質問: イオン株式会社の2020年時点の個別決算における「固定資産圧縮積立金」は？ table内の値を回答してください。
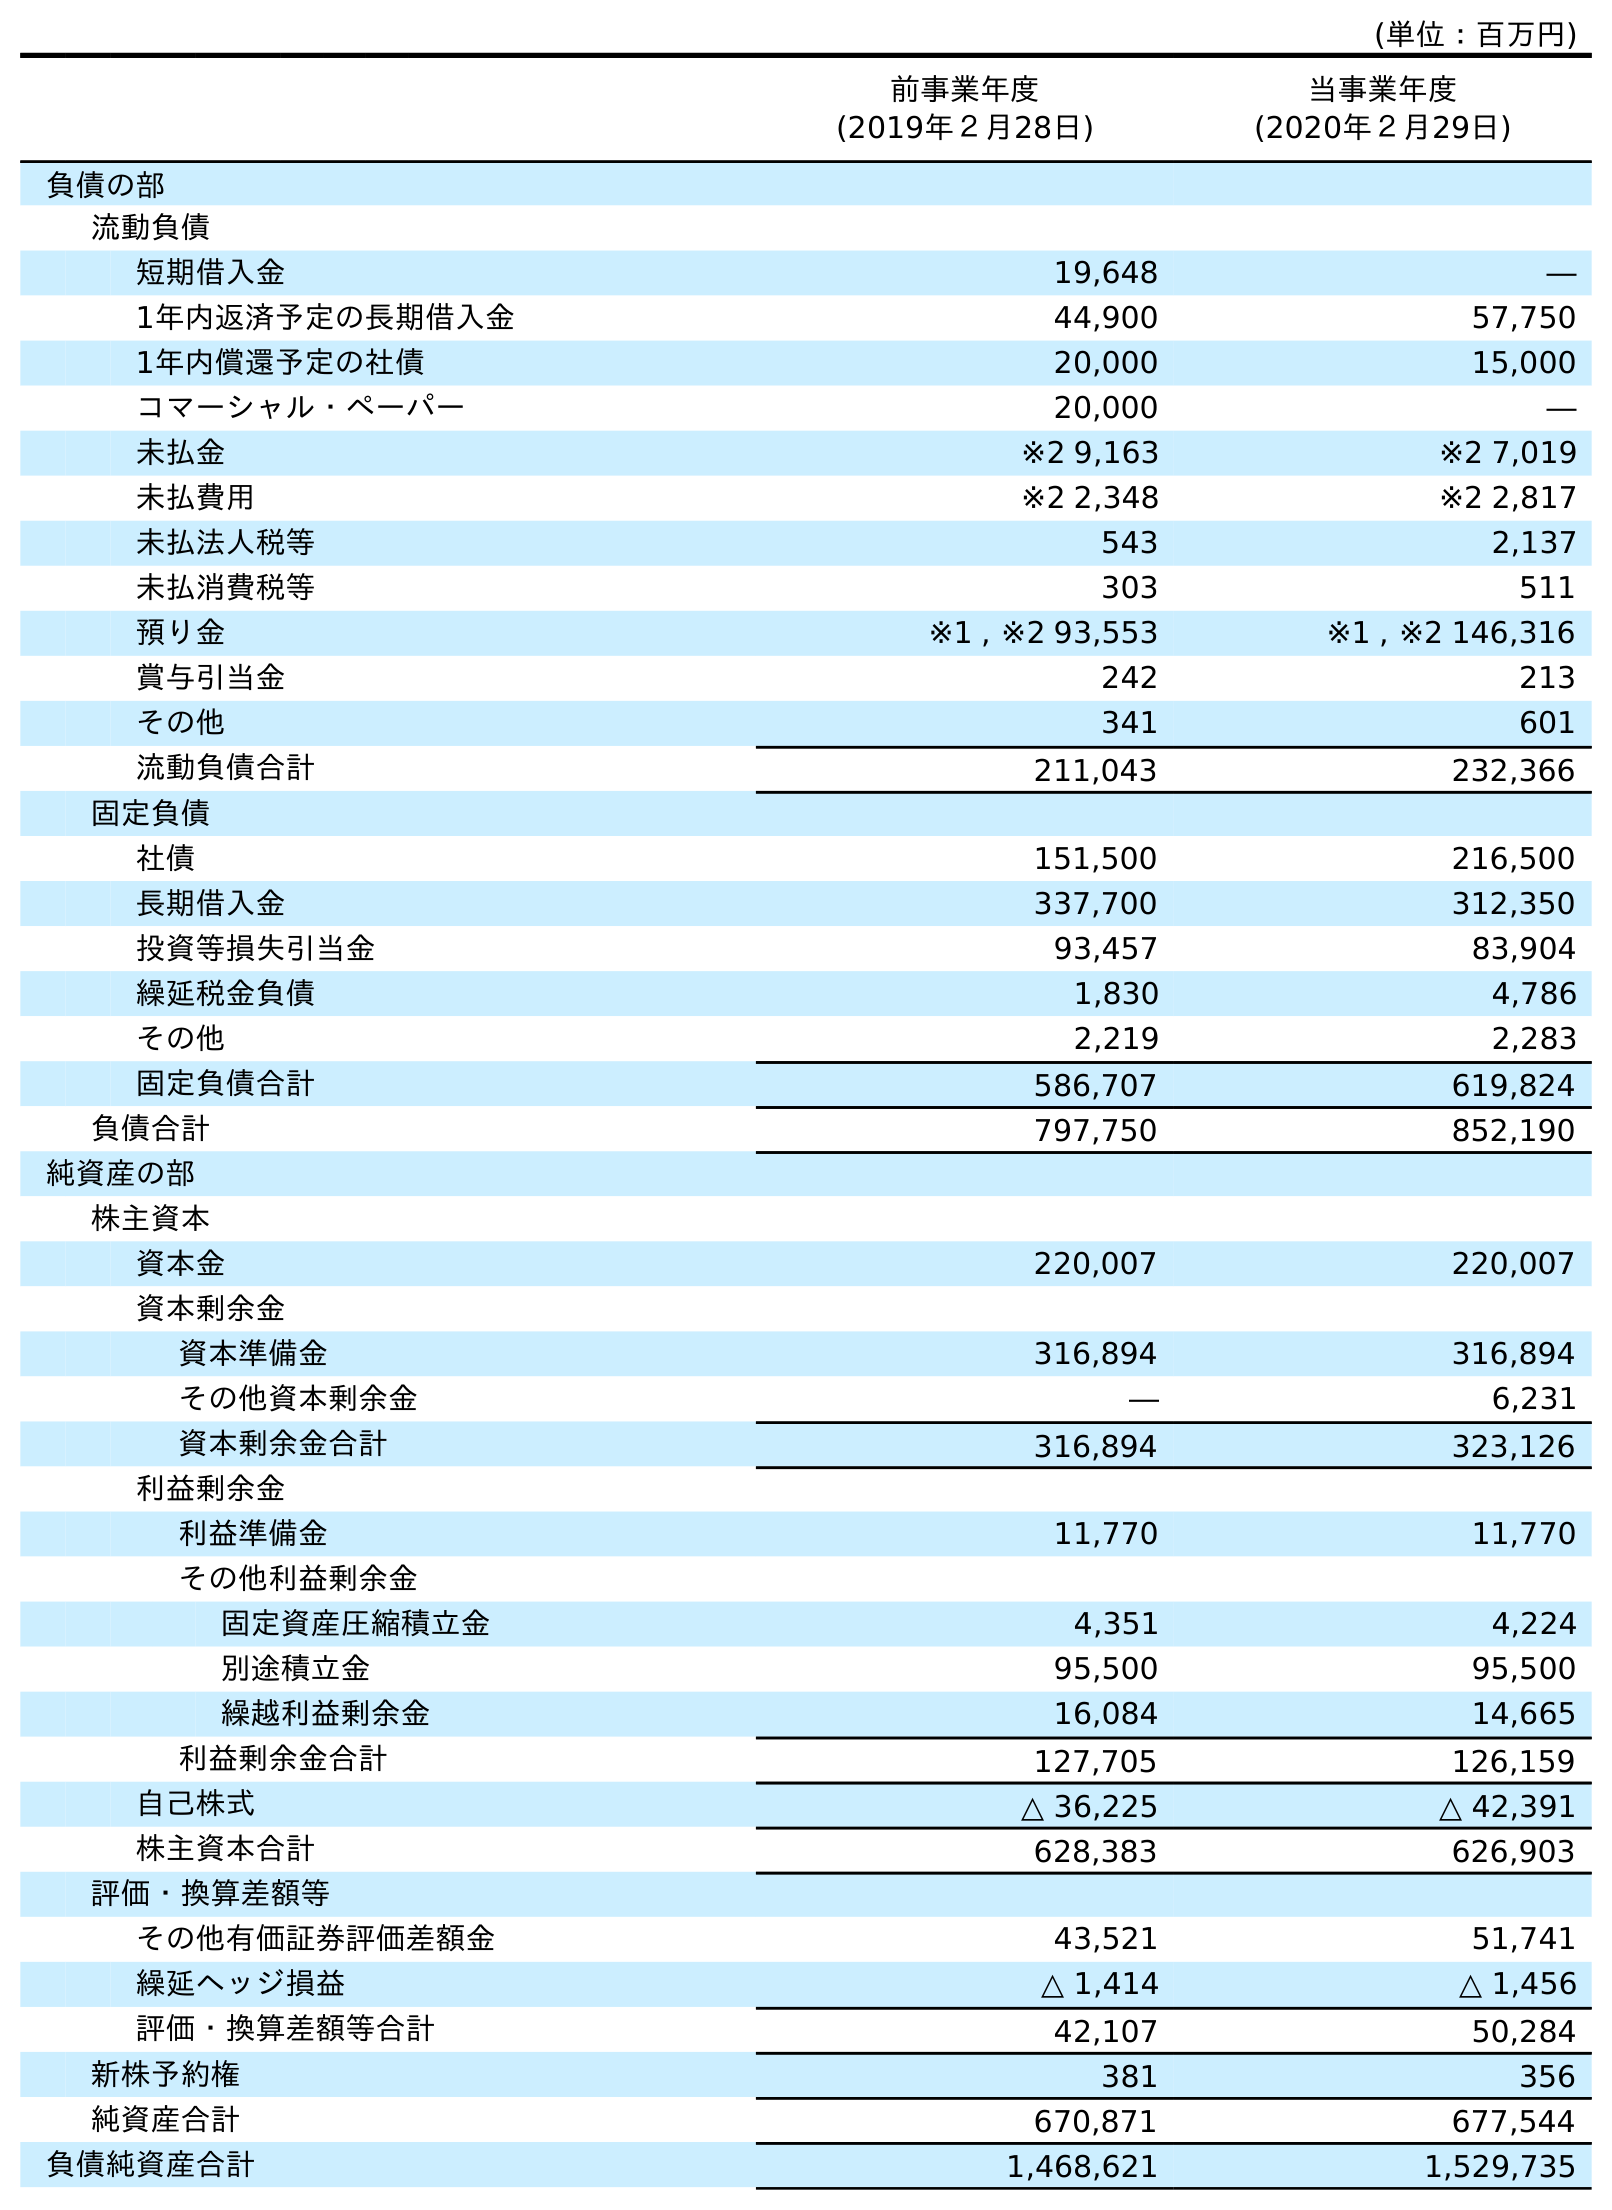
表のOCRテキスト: (単位：百万円) 前事業年度 (2019年２月28日) 当事業年度 (2020年２月29日) 負債の部 流動負債 短期借入金 19,648 ― 1年内返済予定の長期借入金 44,900 57,750 1年内償還予定の社債 20,000 15,000 コマーシャル・ペーパー 20,000 ― 未払金 ※2 9,163 ※2 7,019 未払費用 ※2 2,348 ※2 2,817 未払法人税等 543 2,137 未払消費税等 303 511 預り金 ※1 , ※2 93,553 ※1 , ※2 146,316 賞与引当金 242 213 その他 341 601 流動負債合計 211,043 232,366 固定負債 社債 151,500 216,500 長期借入金 337,700 312,350 投資等損失引当金 93,457 83,904 繰延税金負債 1,830 4,786 その他 2,219 2,283 固定負債合計 586,707 619,824 負債合計 797,750 852,190 純資産の部 株主資本 資本金 220,007 220,007 資本剰余金 資本準備金 316,894 316,894 その他資本剰余金 ― 6,231 資本剰余金合計 316,894 323,126 利益剰余金 利益準備金 11,770 11,770 その他利益剰余金 固定資産圧縮積立金 4,351 4,224 別途積立金 95,500 95,500 繰越利益剰余金 16,084 14,665 利益剰余金合計 127,705 126,159 自己株式 △ 36,225 △ 42,391 株主資本合計 628,383 626,903 評価・換算差額等 その他有価証券評価差額金 43,521 51,741 繰延ヘッジ損益 △ 1,414 △ 1,456 評価・換算差額等合計 42,107 50,284 新株予約権 381 356 純資産合計 670,871 677,544 負債純資産合計 1,468,621 1,529,735
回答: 4,224